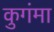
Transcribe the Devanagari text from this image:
कुगंमा